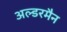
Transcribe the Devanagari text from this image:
अल्डरमैन